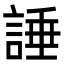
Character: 諈